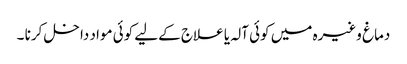
دماغ وغیرہ میں کوئی آلہ یا علاج کےلیے کوئی مواد داخل کرنا ۔